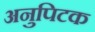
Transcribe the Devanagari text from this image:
अनुपिटक